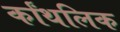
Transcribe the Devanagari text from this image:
र्कांथलिक